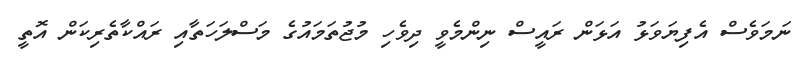
ނަމަވެސް އެފިޔަވަޅު އަޅަން ރައީސް ނިންމެވީ ދިވެހި މުޖުތަމައުގެ މަސްލަހަތާއި ރައްކާތެރިކަން އޮތީ